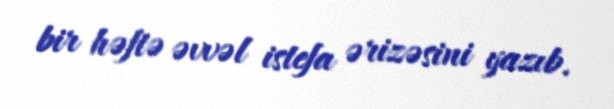
bir həftə əvvəl istefa ərizəsini yazıb.